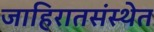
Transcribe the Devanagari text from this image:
जाहिरातसंस्थेत